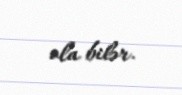
ola bilər.